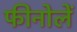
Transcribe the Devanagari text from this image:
फीनोलें